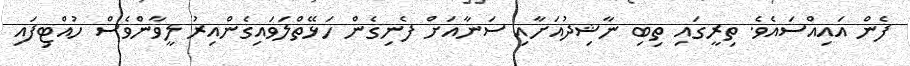
ފެން އައިއްސައެވެ. ތިރީގައި ތިބި ނާޝިދުއަށާއި ސަނާއަށް ފެނިގެން ހަޅޭތްލަވައިގެންއިރު ލީވާންވެސް ހުއްޓިފައި